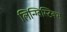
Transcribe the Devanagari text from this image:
लिन्ग्विस्टिक्स